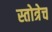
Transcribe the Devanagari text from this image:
स्तोत्रेच